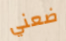
ضعني